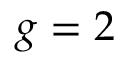
g = 2